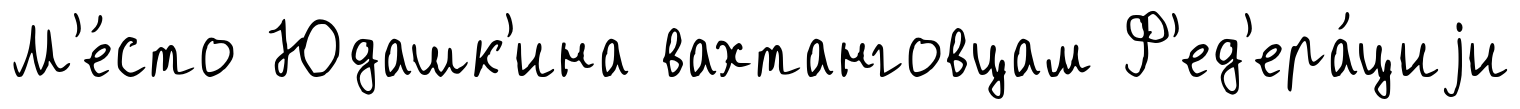
М'е́сто Юдашк'ина вахтанговцам Ф'ед'ера́циjи